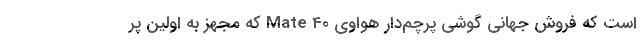
است که فروش جهانی گوشی پرچم‌دار هواوی Mate 40 که مجهز به اولین پر